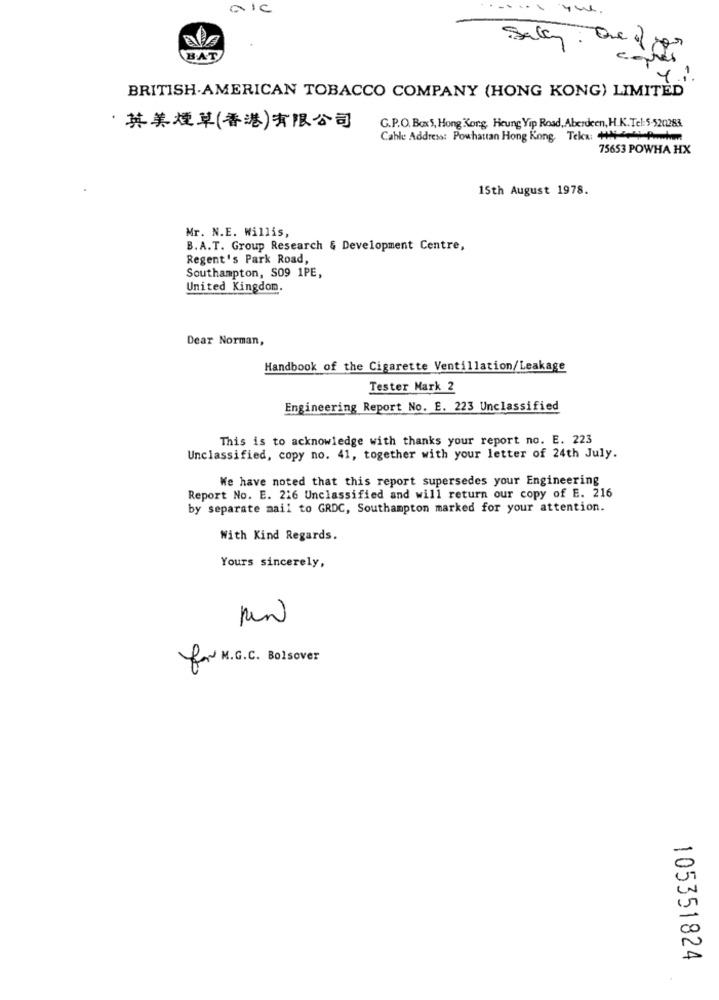
AIC
Sal
BAT
BRITISH AMERICAN TOBACCO COMPANY (HONG KONG) LIMITED
G.P.O. Box'S, Hong Kong, Heung Yip Road, Aberdeen, H.K. Tel: 5-5201283.
· 英美煙草(香港)有限公司
Cable Address: Powhattan Hong Kong, Tel: +4 Pm
75653 POWHA HX
15th August 1978.
Mr. N.E. Willis,
B.A.T. Group Research & Development Centre,
Regent's Park Road,
Southampton, S09 1PE,
United Kingdom.
Dear Norman,
Handbook of the Cigarette Ventillation/Leakage
Tester Mark 2
Engineering Report No. E. 223 Unclassified
This is to acknowledge with thanks your report no. E. 223
Unclassified, copy no. 41, together with your letter of 24th July.
We have noted that this report supersedes your Engineering
Report No. E. 216 Unclassified and will return our copy of E. 216
by separate mail to GRDC, Southampton marked for your attention.
With Kind Regards.
Yours sincerely,
for N. G.C. Bolsover
105351824